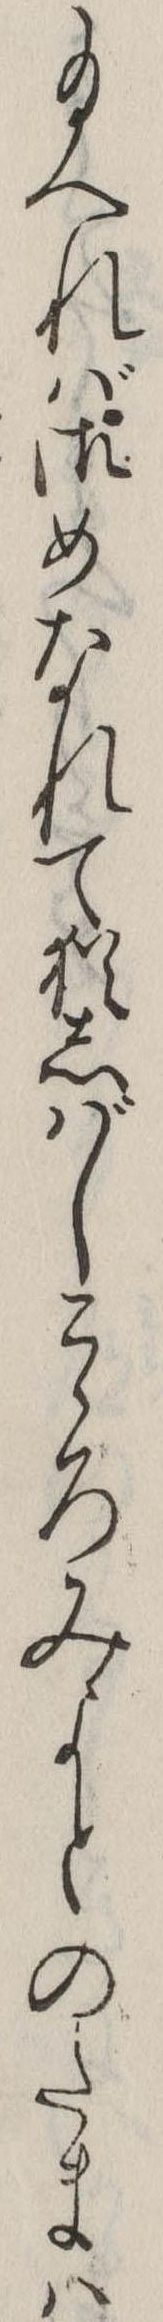
給へれば御めなれて猶しばしこゝろみよとのたまは